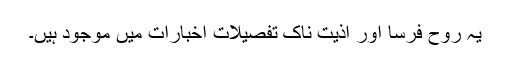
یہ روح فرسا اور اذیت ناک تفصیلات اخبارات میں موجود ہیں۔